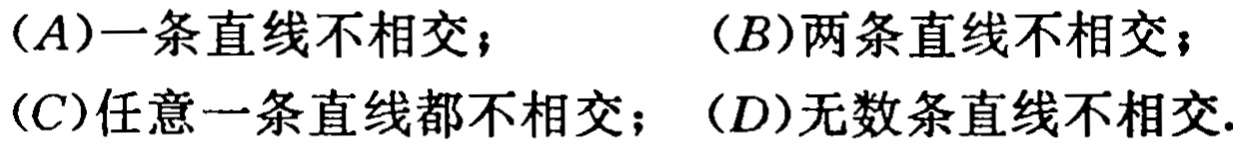
(A)一条直线不相交； (B)两条直线不相交；
(C)任意一条直线都不相交； (D)无数条直线不相交.